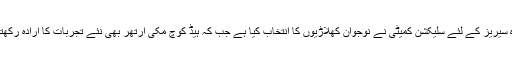
مذکورہ سیریز کے لئے سلیکشن کمیٹی نے نوجوان کھلاڑیوں کا انتخاب کیا ہے جب کہ ہیڈ کوچ مکی آرتھر بھی نئے تجربات کا ارادہ رکھتے ہیں۔